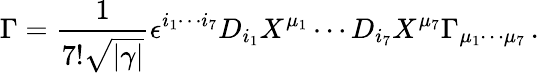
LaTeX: \Gamma={\frac{1}{7!\sqrt{|\gamma|}}}\epsilon^{i_{1}\cdots i_{7}}D_{i_{1}}X^{\mu_{1}}\cdots D_{i_{7}}X^{\mu_{7}}\Gamma_{\mu_{1}\cdots\mu_{7}}\, .